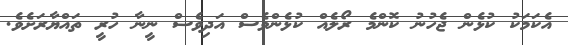
އެކަމަކު ކުޅެން ޖެހުނު ކޮންމެ ރޯލެއް ކުޅެންވެސް އަދިވެސް ނީނާ ހުރީ ތައްޔާރަށެވެ.